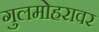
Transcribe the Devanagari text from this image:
गुलमोहरावर